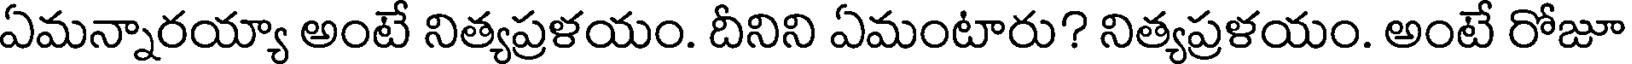
ఏమన్నారయ్యా అంటే నిత్యప్రళయం. దీనిని ఏమంటారు? నిత్యప్రళయం. అంటే రోజూ